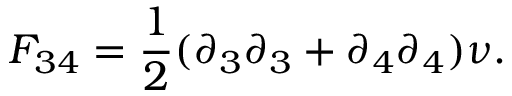
F _ { 3 4 } = { \frac { 1 } { 2 } } ( \partial _ { 3 } \partial _ { 3 } + \partial _ { 4 } \partial _ { 4 } ) \nu .